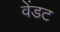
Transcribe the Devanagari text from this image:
वेंडट